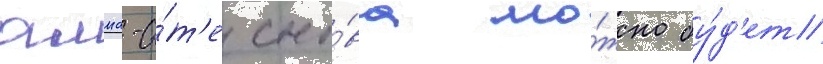
алма-а́т'е сно́ва мо́жно бу́д'ет